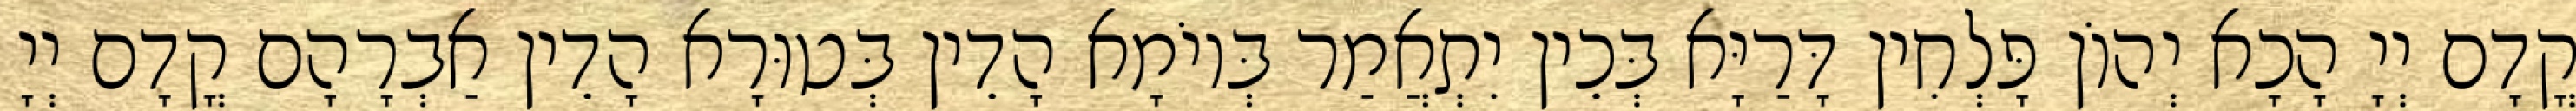
קֳדָם יְיָ הָכָא יְהוֹן פָּלְחִין דָּרַיָּא בְּכֵין יִתְאֲמַר בְּיוֹמָא הָדֵין בְּטוּרָא הָדֵין אַבְרָהָם קֳדָם יְיָ